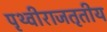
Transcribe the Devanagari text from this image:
पृथ्वीराजतृतीय